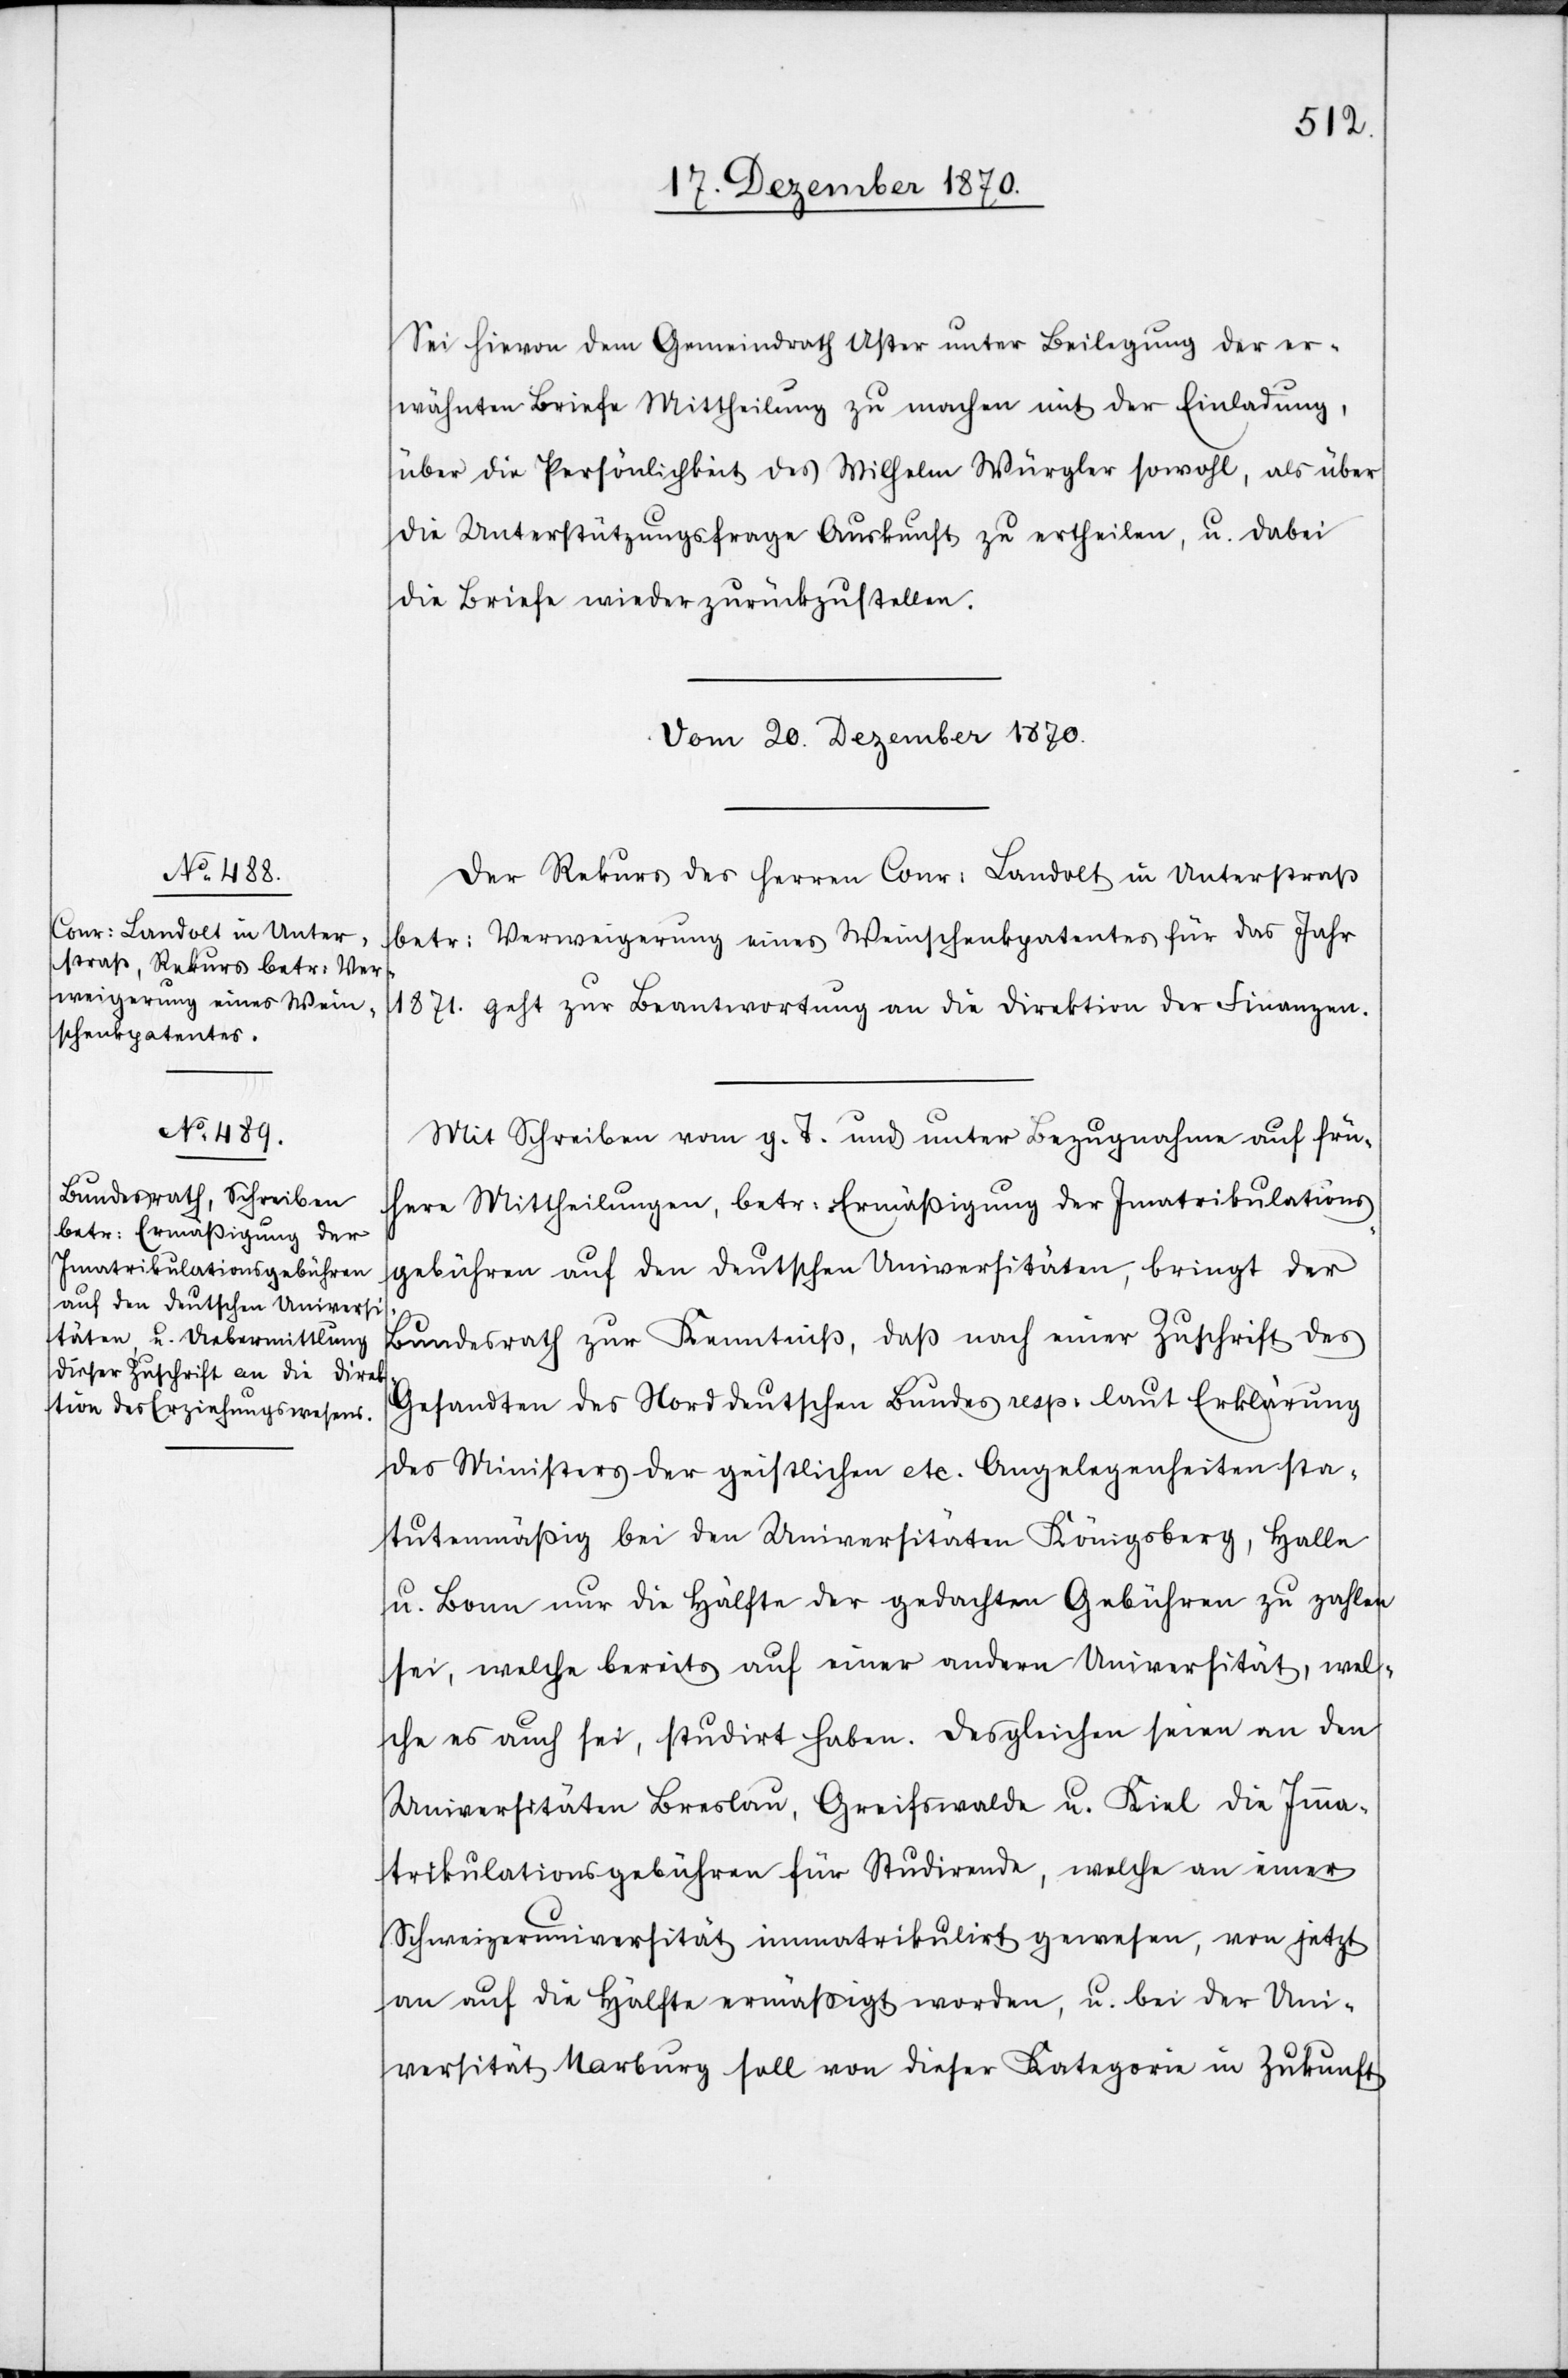
Sei hievon dem Gemeindrath Uster unter Beilegung der er¬
wähnten Briefe Mittheilung zu machen mit der Einladung,
über die Persönlichkeit des Wilhelm Würgler sowohl, als über
die Unterstützungsfrage Auskunft zu ertheilen, u. dabei
die Briefe wieder zurückzustellen.
Vom 20. Dezember.
Der Rekurs des Herren Conr: Landolt in Unterstraß
betr: Verweigerung eines Weinschenkpatentes für das Jahr
1871. geht zur Beantwortung an die Direktion der Finanzen.
Mit Schreiben vom g. T. und unter Bezugnahme auf frü¬
here Mittheilungen, betr: Ermäßigung der Imatrikulations¬
gebühren auf den deutschen Universitäten, bringt der
Bundesrath zur Kenntnis, daß nach einer Zuschrift des
Gesandten des Norddeutschen Bundes resp: laut Erklärung
des Ministers der geistlichen etc. Angelegenheiten sta¬
tutenmäßig bei den Universitäten Königsberg, Halle
u. Bonn nur die Hälfte der gedachten Gebühren zu zahlen
sei, welche bereits auf einer andern Universität, wel¬
che es auch sei, studirt haben. [sic!] Desgleichen seien an den
Universitäten Breslau, Greifswalde u. Kiel die Ima¬
trikulationsgebühren für Studirende, welche an einer
Schweizeruniversität immatrikulirt gewesen, von jetzt
an auf die Hälfte ermäßigt worden, u. bei der Uni¬
versität Marburg soll von dieser Kategorie in Zukunft